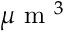
\mu \textnormal { m } ^ { 3 }